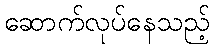
ဆောက်လုပ်နေသည့်